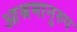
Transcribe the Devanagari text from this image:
आश्रमानुरुप